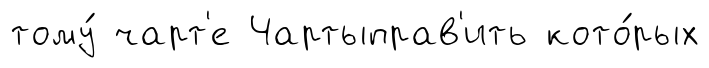
тому́ чарт'е Чартыправ'ить кото́рых